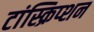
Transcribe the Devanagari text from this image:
टांस्क्रिप्शन